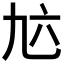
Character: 𱎂